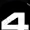
Digit: 4